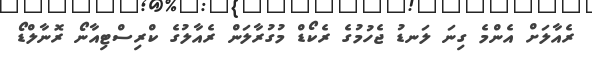
ރެއާލަށް އެންމެ ގިނަ ލަނޑު ޖެހުމުގެ ރެކޯޑް މުގުރާލަން ރެއާލުގެ ކްރިސްޓިއާނޯ ރޮނާލްޑޯ